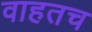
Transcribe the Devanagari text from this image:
वाहतच